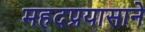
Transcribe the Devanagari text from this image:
महदप्रयासाने